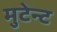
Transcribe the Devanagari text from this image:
मुटेन्ट